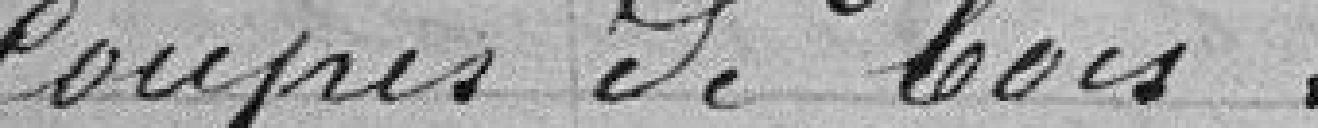
coupes de bois.